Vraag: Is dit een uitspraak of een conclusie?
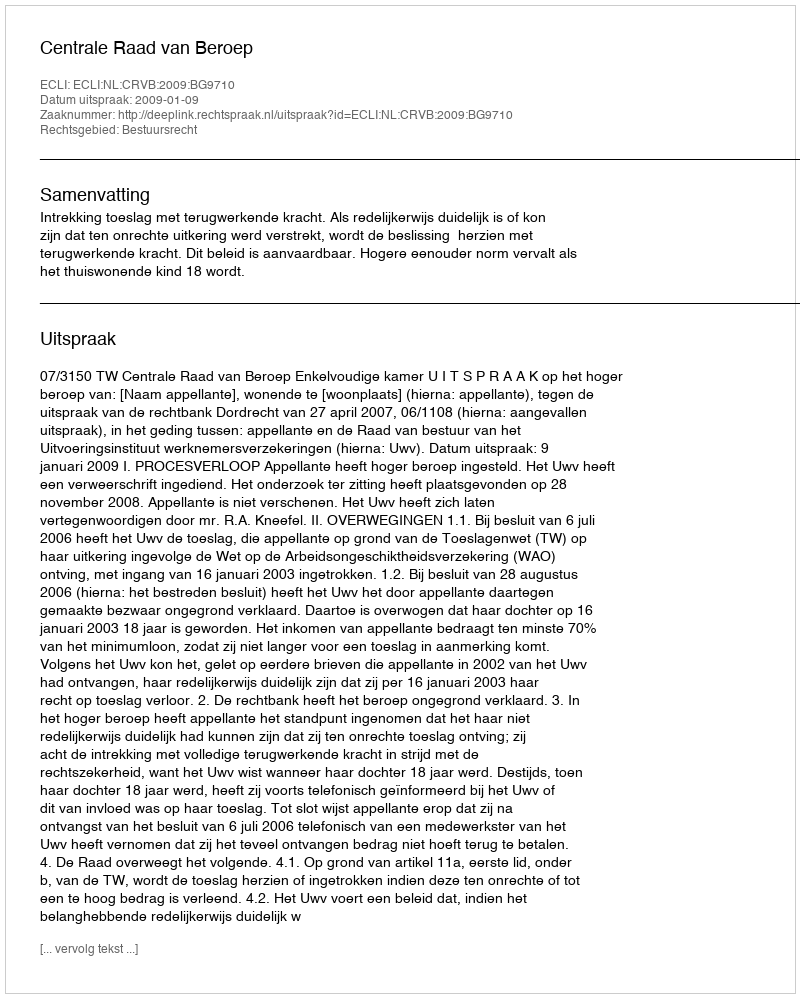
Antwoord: Uitspraak